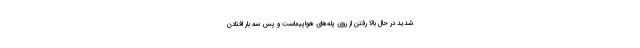
شدید در حال بالا رفتن از روی پله‌های هواپیماست و پس سه بار افتادن